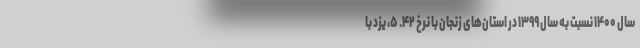
سال ۱۴۰۰ نسبت به سال ۱۳۹۹ در استان‌های زنجان با نرخ ۴۲. ۵، یزد با